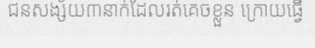
ជនសង្ស័យ៣នាក់ដែលរត់គេចខ្លួន ក្រោយធ្វើ